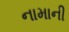
નામાની